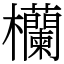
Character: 欗